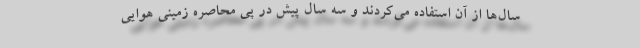
سال‌ها از آن استفاده می‌کردند و سه سال پیش در پی محاصره زمینی هوایی